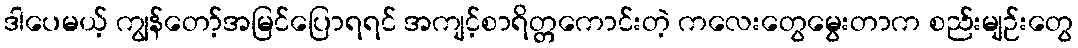
ဒါပေမယ့် ကျွန်တော့်အမြင်ပြောရရင် အကျင့်စာရိတ္တကောင်းတဲ့ ကလေးတွေမွေးတာက စည်းမျဉ်းတွေ